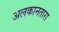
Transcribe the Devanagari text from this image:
अलकानतारा